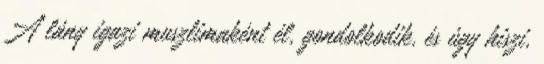
A lány igazi muszlimaként él, gondolkodik, és úgy hiszi,